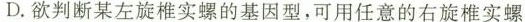
D.欲判断某左旋椎实螺的基因型，可用任意的右旋椎实螺